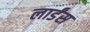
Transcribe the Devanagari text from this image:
लार्डंस